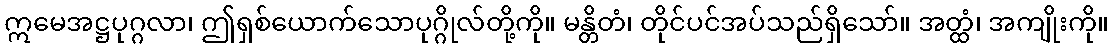
ဣမေအဋ္ဌပုဂ္ဂလာ၊ ဤရှစ်ယောက်သောပုဂ္ဂိုလ်တို့ကို။ မန္တိတံ၊ တိုင်ပင်အပ်သည်ရှိသော်။ အတ္ထံ၊ အကျိုးကို။